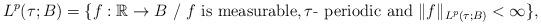
LaTeX: \begin{align*}L^{p}(\tau ;B)=\{f: \mathbb{R}\rightarrow B\mbox{ / }f\mbox{ is measurable,}\,\tau \mbox{- periodic and }\Vert f\Vert _{L^{p}(\tau ;B)}<\infty \}, \end{align*}